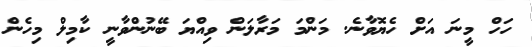
ހަހް މީނަ އަށް ހެޔޮވާނެ. މަންމަ މަރާލަން ވިއްޔަ ބޭނުންވާނީ ކާމިލް މިހެން